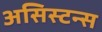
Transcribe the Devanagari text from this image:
असिस्टन्स